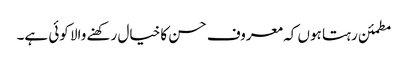
مطمئن رہتا ہوں کہ معروف حسن کا خیال رکھنے والا کوئی ہے۔